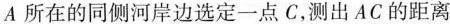
A所在的同侧河岸边选定一点C，测出AC的距离